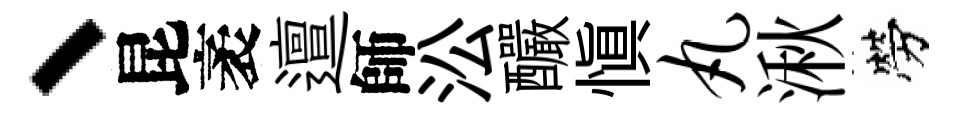
、昆袤邅師㳂釅慎丸湫勞